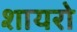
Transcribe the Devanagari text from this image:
शायरो